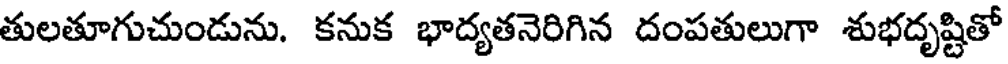
తులతూగుచుండును. కనుక భాద్యతనెరిగిన దంపతులుగా శుభదృష్టితో